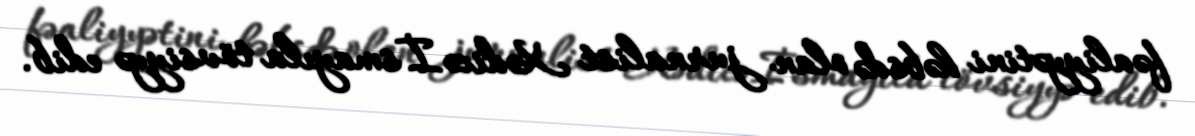
fəaliyyətini həbsdə olan jurnalist Xədicə İsmayıla tövsiyyə edib.